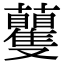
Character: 𧅚